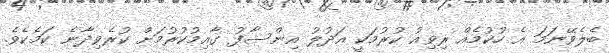
ބެލެވޭނަމަ އެ ހުކުމެއް ރިވިއު ކުރުމަކީ އަދުލު އިންސާފު ގާއިމުކުރުމަށް ކުރެވިދާނެ ކަމެކެވެ.